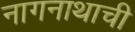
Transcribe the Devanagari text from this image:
नागनाथाची